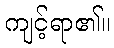
ကျင့်ရာ၏။